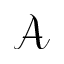
\mathcal { A }